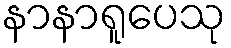
နာနာရူပေသု